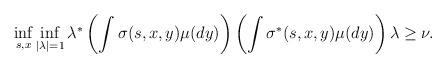
LaTeX: \begin{align*}\inf\limits_{s,x}\inf\limits_{|\lambda|=1}\lambda^*\left(\int\sigma(s,x,y)\mu(dy)\right) \left(\int\sigma^*(s,x,y)\mu(dy)\right)\lambda\ge \nu.\end{align*}